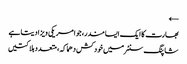
←
بھارت کا ایک ایسا مندر، جو امریکی ویزا دیتا ہے
شاپنگ سنٹرمیں خودکش دھماکہ، متعدد ہلاکتیں